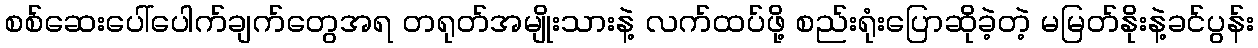
စစ်ဆေးပေါ်ပေါက်ချက်တွေအရ တရုတ်အမျိုးသားနဲ့ လက်ထပ်ဖို့ စည်းရုံးပြောဆိုခဲ့တဲ့ မမြတ်နိုးနဲ့ခင်ပွန်း